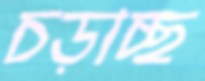
চড়াচ্ছ